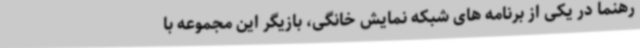
رهنما در یکی از برنامه های شبکه نمایش خانگی، بازیگر این مجموعه با